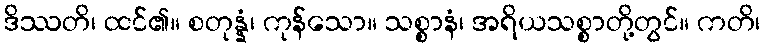
ဒိဿတိ၊ ထင်၏။ စတုန္နံ၊ ကုန်သော။ သစ္စာနံ၊ အရိယသစ္စာတို့တွင်။ ကတိ၊